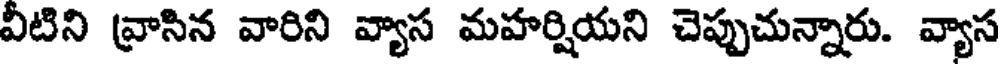
వీటిని వ్రాసిన వారిని వ్యాస మహర్షియని చెప్పుచున్నారు. వ్యాస